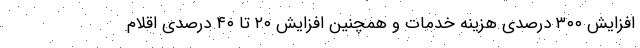
افزایش ۳۰۰ درصدی هزینه خدمات و همچنین افزایش ۲۰ تا ۴۰ درصدی اقلام